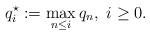
LaTeX: \begin{align*} q_i^\star:=\max_{n\leq i}q_n,\,\,i\ge0. \end{align*}